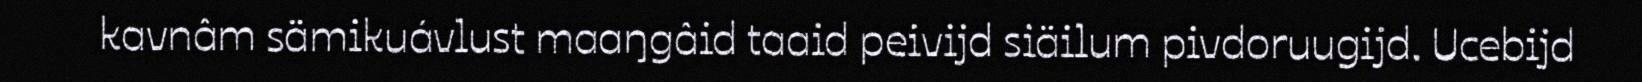
kavnâm sämikuávlust maaŋgâid taaid peivijd siäilum pivdoruugijd. Ucebijd